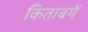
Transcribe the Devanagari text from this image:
किताबमें